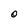
Character: O